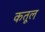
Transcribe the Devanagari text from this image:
कतूल